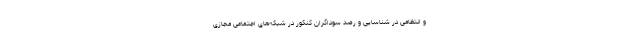
و انتظامی در شناسایی و رصد سوداگران کنکور در شبکه‌های اجتماعی مجازی